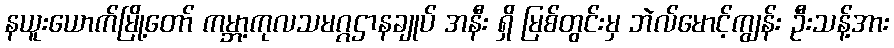
နယူးယောက်မြို့တော် ကမ္ဘာ့ကုလသမဂ္ဂဌာနချုပ် အနီး ရှိ မြစ်တွင်းမှ ဘဲလ်မောင့်ကျွန်း ဦးသန့်အား